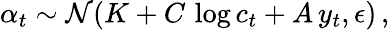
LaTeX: \alpha_{t}\sim\mathcal{N}(K+C\, \log c_{t}+A\, y_{t},\epsilon)\, ,